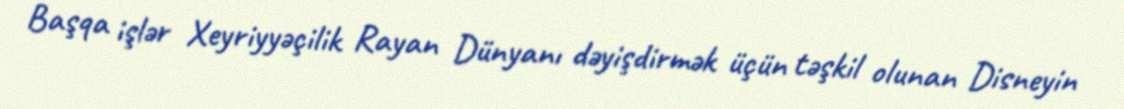
Başqa işlər Xeyriyyəçilik Rayan Dünyanı dəyişdirmək üçün təşkil olunan Disneyin